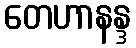
တေဟာနန္ဒ